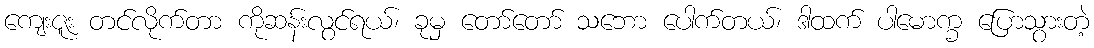
ကျေးဇူး တင်လိုက်တာ ကိုဆန်းလွင်ရယ်၊ ခုမှ တော်တော် သဘော ပေါက်တယ်၊ ဒါထက် ပါမောက္ခ ပြောသွားတဲ့